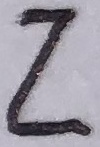
Text: Z